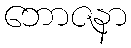
ဘောဇနာ